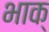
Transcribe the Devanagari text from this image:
भाक्‌